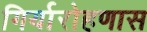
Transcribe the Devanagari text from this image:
गिर्यारोहणास